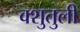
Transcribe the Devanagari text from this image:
क्शुतुली